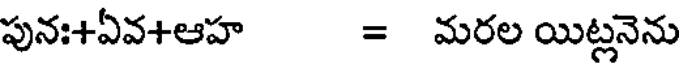
పునః+ఏవ+ఆహ = మరల యిట్లనెను